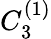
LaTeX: {C}_{3}^{(1)}